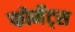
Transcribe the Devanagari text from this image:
फोर्मेट्स